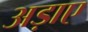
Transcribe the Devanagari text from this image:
अड़ाए